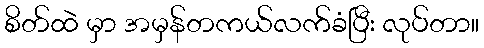
စိတ်ထဲ မှာ အမှန်တကယ်လက်ခံပြီး လုပ်တာ။